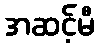
အဆင့်မီ